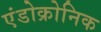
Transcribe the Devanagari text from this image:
एंडोक्रोनिक